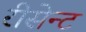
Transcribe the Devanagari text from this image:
रीसेन्ट